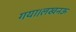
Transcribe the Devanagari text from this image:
गया।लखनऊ